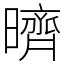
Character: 𣋠